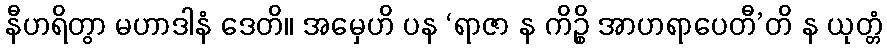
နီဟရိတွာ မဟာဒါနံ ဒေတိ။ အမှေဟိ ပန ‘ရာဇာ န ကိဉ္စိ အာဟရာပေတီ’တိ န ယုတ္တံ